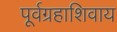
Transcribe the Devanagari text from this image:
पूर्वग्रहाशिवाय